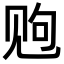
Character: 𫌩